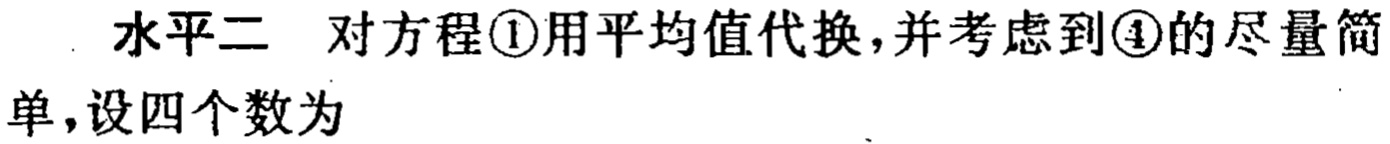
水平二 对方程\textcircled{1}用平均值代换,并考虑到\textcircled{4}的尽量简单,设四个数为